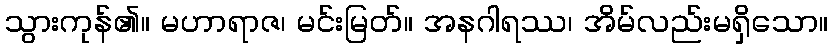
သွားကုန်၏။ မဟာရာဇ၊ မင်းမြတ်။ အနဂါရဿ၊ အိမ်လည်းမရှိသော။